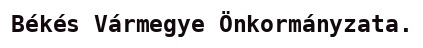
Békés Vármegye Önkormányzata.